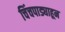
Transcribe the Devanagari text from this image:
चिंचपाड्याहून